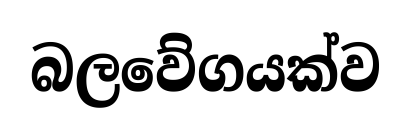
බලවේගයක්ව